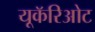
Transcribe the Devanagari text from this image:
यूकॅरिओट